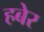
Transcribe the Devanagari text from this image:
हबेर